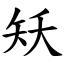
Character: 矨